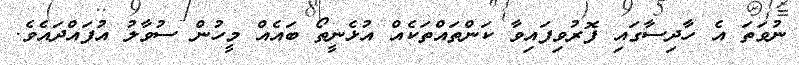
ނުވަތަ އެ ހާދިސާގައި ފޮރުވިފައިވާ ކަންތައްތަކެއް އުޅެނީތޯ ބައެއް މީހުން ސުވާލު އުފައްދައެވެ.